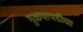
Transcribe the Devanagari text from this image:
गुळपापडीचा